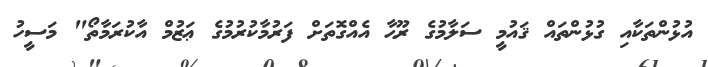
އުޅުންތަކާއި ގުޅުންތައް ޤައުމީ ސަލާމުގެ ރޫޙާ އެއްގޮތަށް ފަރުމާކުރުމުގެ ޢަޒުމް އާކުރަމާތޯ" މަސީހު